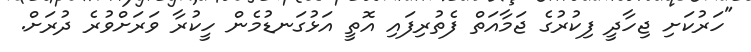
"ހަރުކަށި ޖިހާދީ ފިކުރުގެ ޖަމާއަތް ފެތުރިފައި އޮތީ އަޅުގަނޑުމެން ހީކުރާ ވަރަށްވުރެ ދުރަށް.